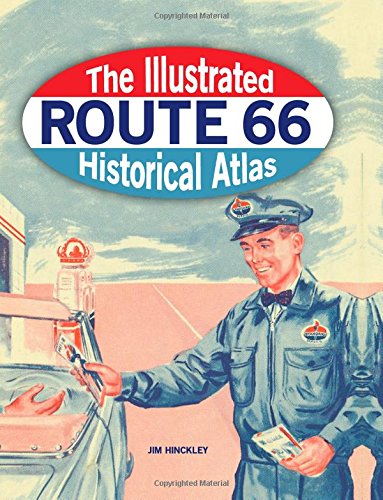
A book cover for The Illustrated Route 66 Historical Atlas; Jim Hinckley; Arts & Photography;